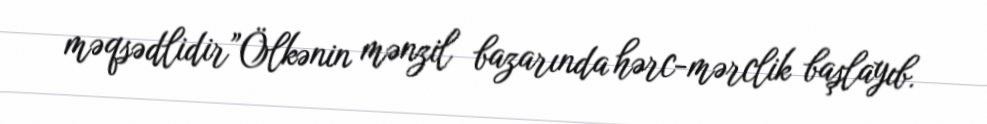
məqsədlidir”Ölkənin mənzil bazarında hərc-mərclik başlayıb.